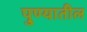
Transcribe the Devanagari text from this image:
पु्ण्यातील